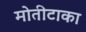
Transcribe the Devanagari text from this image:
मोतीटाका